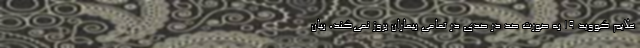
علایم کووید ۱۹ به صورت صد در صدی در تمامی بیماران بروز نمی‌کند، بیان